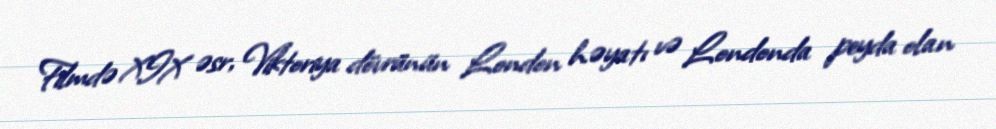
Filmdə XIX əsr, Viktoriya dövrünün London həyatı və Londonda peyda olan